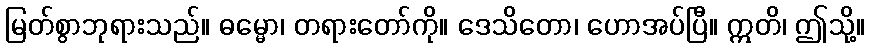
မြတ်စွာဘုရားသည်။ ဓမ္မော၊ တရားတော်ကို။ ဒေသိတော၊ ဟောအပ်ပြီ။ ဣတိ၊ ဤသို့။